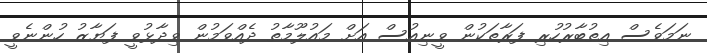
ނަމަވެސް އިތުބާރުހުރި ފަރާތަކުން ވީނިއުސް އަށް މައުލޫމާތު ދެއްވަމުން ވިދާޅުވީ ފަޔާޒު ހުންނެވީ